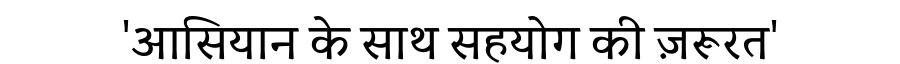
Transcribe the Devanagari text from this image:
'आसियान के साथ सहयोग की ज़रूरत'